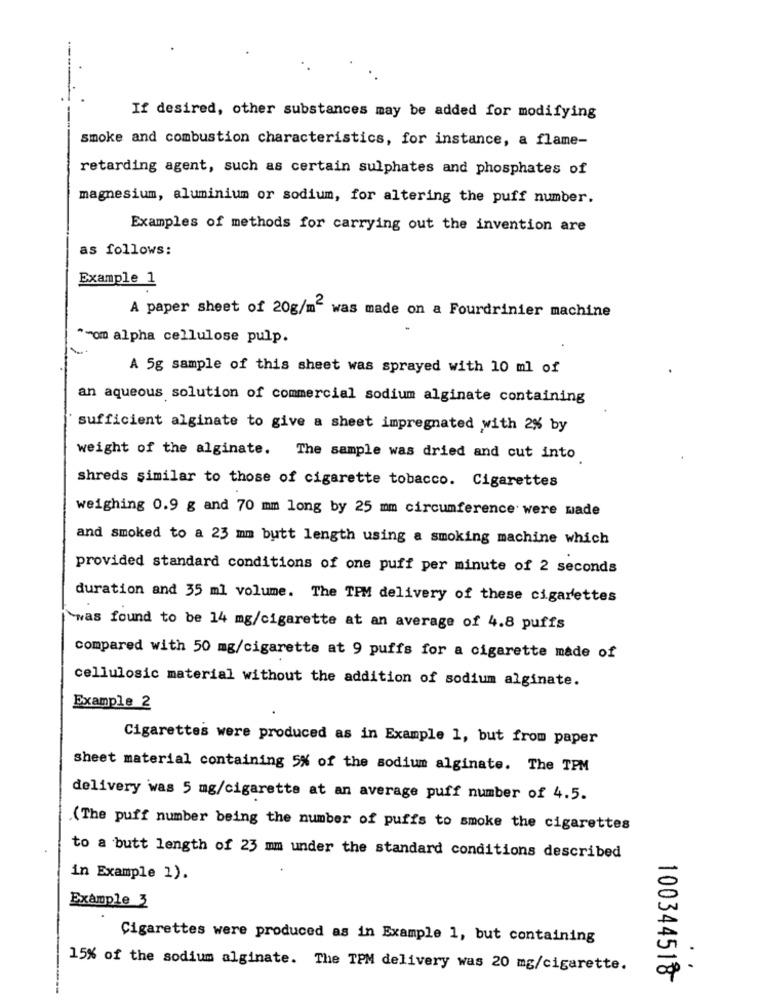
If desired, other substances may be added for modifying
smoke and combustion characteristics, for instance, a flame-
retarding agent, such as certain sulphates and phosphates of
magnesium, aluminium or sodium, for altering the puff number.
Examples of methods for carrying out the invention are
as follows:
Example 1
A paper sheet of 20g/m2 was made on a Fourdrinier machine
*- om alpha cellulose pulp.
A 5g sample of this sheet was sprayed with 10 ml of
an aqueous solution of commercial sodium alginate containing
sufficient alginate to give a sheet impregnated with 2% by
weight of the alginate. The sample was dried and cut into
shreds similar to those of cigarette tobacco. Cigarettes
weighing 0.9 g and 70 mm long by 25 mm circumference were wade
and smoked to a 23 mm butt length using a smoking machine which
provided standard conditions of one puff per minute of 2 seconds
duration and 35 ml volume. The TPM delivery of these cigarettes
`was found to be 14 mg/cigarette at an average of 4.8 puffs
compared with 50 mg/cigarette at 9 puffs for a cigarette made of
cellulosic material without the addition of sodium alginate.
Example 2
Cigarettes were produced as in Example 1, but from paper
sheet material containing 5% of the sodium alginate. The TPM
delivery was 5 mg/cigarette at an average puff number of 4.5.
(The puff number being the number of puffs to smoke the cigarettes
to a butt length of 23 mm under the standard conditions described
in Example 1).
Example 3
Cigarettes were produced as in Example 1, but containing
.
15% of the sodium alginate. The TPM delivery was 20 mg/cigarette.
100344518